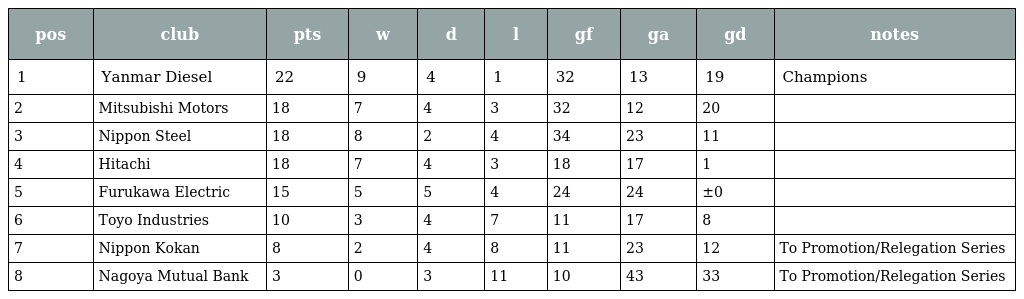
| pos | club | pts | w | d | l | gf | ga | gd | notes |
 | --- | --- | --- | --- | --- | --- | --- | --- | --- | --- |
 | 1 | Yanmar Diesel | 22 | 9 | 4 | 1 | 32 | 13 | ＋19 | Champions |
 | 2 | Mitsubishi Motors | 18 | 7 | 4 | 3 | 32 | 12 | ＋20 |  |
 | 3 | Nippon Steel | 18 | 8 | 2 | 4 | 34 | 23 | ＋11 |  |
 | 4 | Hitachi | 18 | 7 | 4 | 3 | 18 | 17 | ＋1 |  |
 | 5 | Furukawa Electric | 15 | 5 | 5 | 4 | 24 | 24 | ±0 |  |
 | 6 | Toyo Industries | 10 | 3 | 4 | 7 | 11 | 17 | －8 |  |
 | 7 | Nippon Kokan | 8 | 2 | 4 | 8 | 11 | 23 | －12 | To Promotion/Relegation Series |
 | 8 | Nagoya Mutual Bank | 3 | 0 | 3 | 11 | 10 | 43 | －33 | To Promotion/Relegation Series |